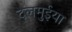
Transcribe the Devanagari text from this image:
दलमुईया